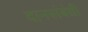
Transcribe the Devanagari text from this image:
दानसंबंधी